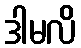
ဒါမလိ